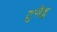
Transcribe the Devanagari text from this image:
टुसैड्स